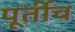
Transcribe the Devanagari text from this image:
पूर्तीच